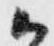
候